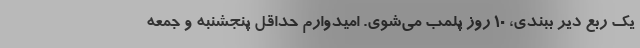
یک ربع دیر ببندی، ۱۰ روز پلمب می‌شوی. امیدوارم حداقل پنجشنبه و جمعه